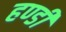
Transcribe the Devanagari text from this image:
हण्डी